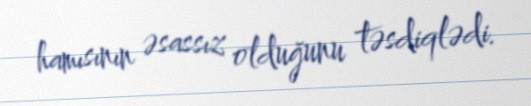
hamısının əsassız olduğunu təsdiqlədi.